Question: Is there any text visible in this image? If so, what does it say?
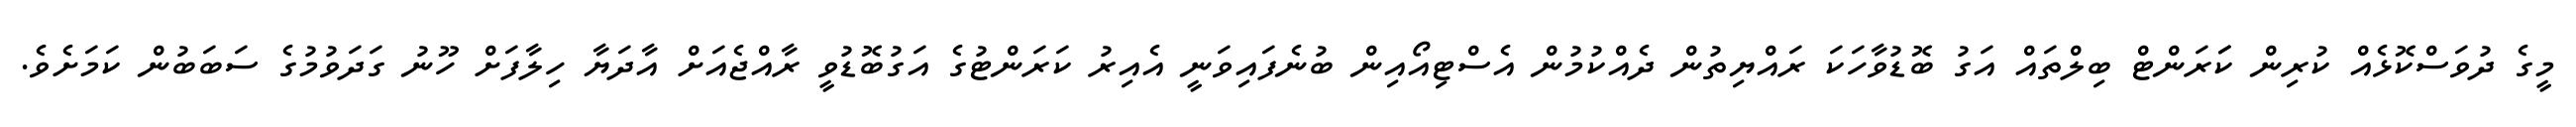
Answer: މީގެ ދުވަސްކޮޅެއް ކުރިން ކަަރަންޓް ބިލްތައް އަގު ބޮޑުވާހަކަ ރައްޔިތުން ދެއްކުމުން އެސްޓިއޯއިން ބުނެފައިވަނީ އެއިރު ކަރަންޓުގެ އަގުބޮޑުވީ ރާއްޖެއަށް އާދަޔާ ހިލާފަށް ހޫނު ގަދަވުމުގެ ސަބަބުން ކަމަށެވެ.